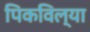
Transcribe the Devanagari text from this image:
पिकविल्या